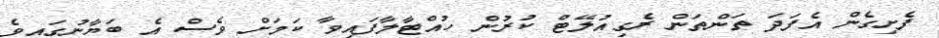
ފެށިގެން އެފަދަ ތަންތަން ރެގިއުލޭޓް ކުރުން ހުއްޓާލާފައިވާ ކަމަށް ވެސް އެ ބަޔާނުގައިވެ